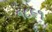
૧૮૯૧